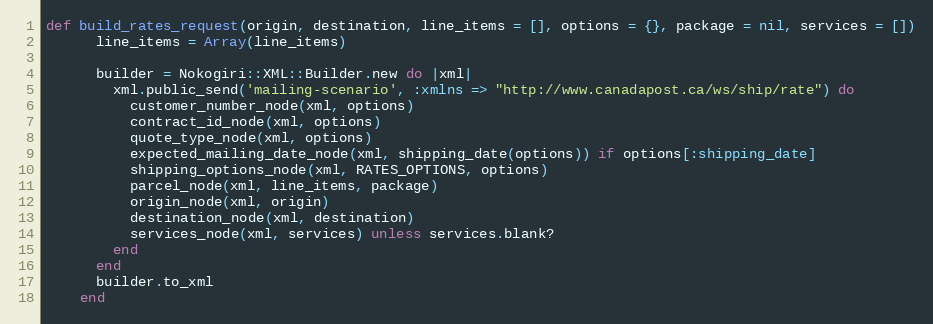
Language: Ruby
def build_rates_request(origin, destination, line_items = [], options = {}, package = nil, services = [])
      line_items = Array(line_items)

      builder = Nokogiri::XML::Builder.new do |xml|
        xml.public_send('mailing-scenario', :xmlns => "http://www.canadapost.ca/ws/ship/rate") do
          customer_number_node(xml, options)
          contract_id_node(xml, options)
          quote_type_node(xml, options)
          expected_mailing_date_node(xml, shipping_date(options)) if options[:shipping_date]
          shipping_options_node(xml, RATES_OPTIONS, options)
          parcel_node(xml, line_items, package)
          origin_node(xml, origin)
          destination_node(xml, destination)
          services_node(xml, services) unless services.blank?
        end
      end
      builder.to_xml
    end